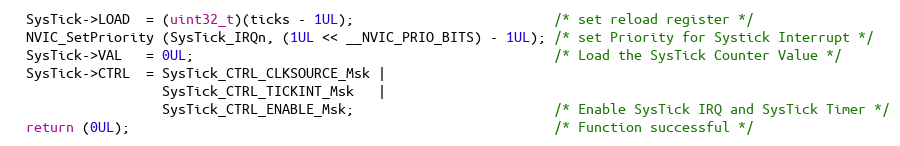
Language: C
  SysTick->LOAD  = (uint32_t)(ticks - 1UL);                         /* set reload register */
  NVIC_SetPriority (SysTick_IRQn, (1UL << __NVIC_PRIO_BITS) - 1UL); /* set Priority for Systick Interrupt */
  SysTick->VAL   = 0UL;                                             /* Load the SysTick Counter Value */
  SysTick->CTRL  = SysTick_CTRL_CLKSOURCE_Msk |
                   SysTick_CTRL_TICKINT_Msk   |
                   SysTick_CTRL_ENABLE_Msk;                         /* Enable SysTick IRQ and SysTick Timer */
  return (0UL);                                                     /* Function successful */